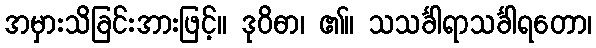
အမှားသိခြင်းအားဖြင့်။ ဒုဝိဓာ၊ ၏။ သသင်္ခါရာသင်္ခါရတော၊